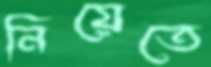
নিয়েতে